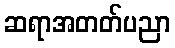
ဆရာအတတ်ပညာ